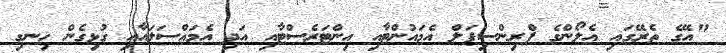
"އޭގެ ތެރޭގައި އެލޯންގެ ޕްރިންސިޕަލް އެމައުންޓާއި އިންޓަރެސްޓާއި އަދި އެމައްސަލައާއި ގުޅިގެން ހިނގި